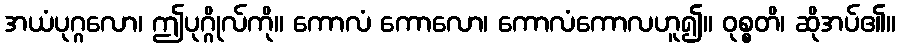
အယံပုဂ္ဂလော၊ ဤပုဂ္ဂိုလ်ကို။ ကောလံ ကောလော၊ ကောလံကောလဟူ၍။ ဝုစ္စတိ၊ ဆိုအပ်၏။